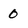
Character: 0